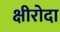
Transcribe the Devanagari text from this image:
क्षीरोदा